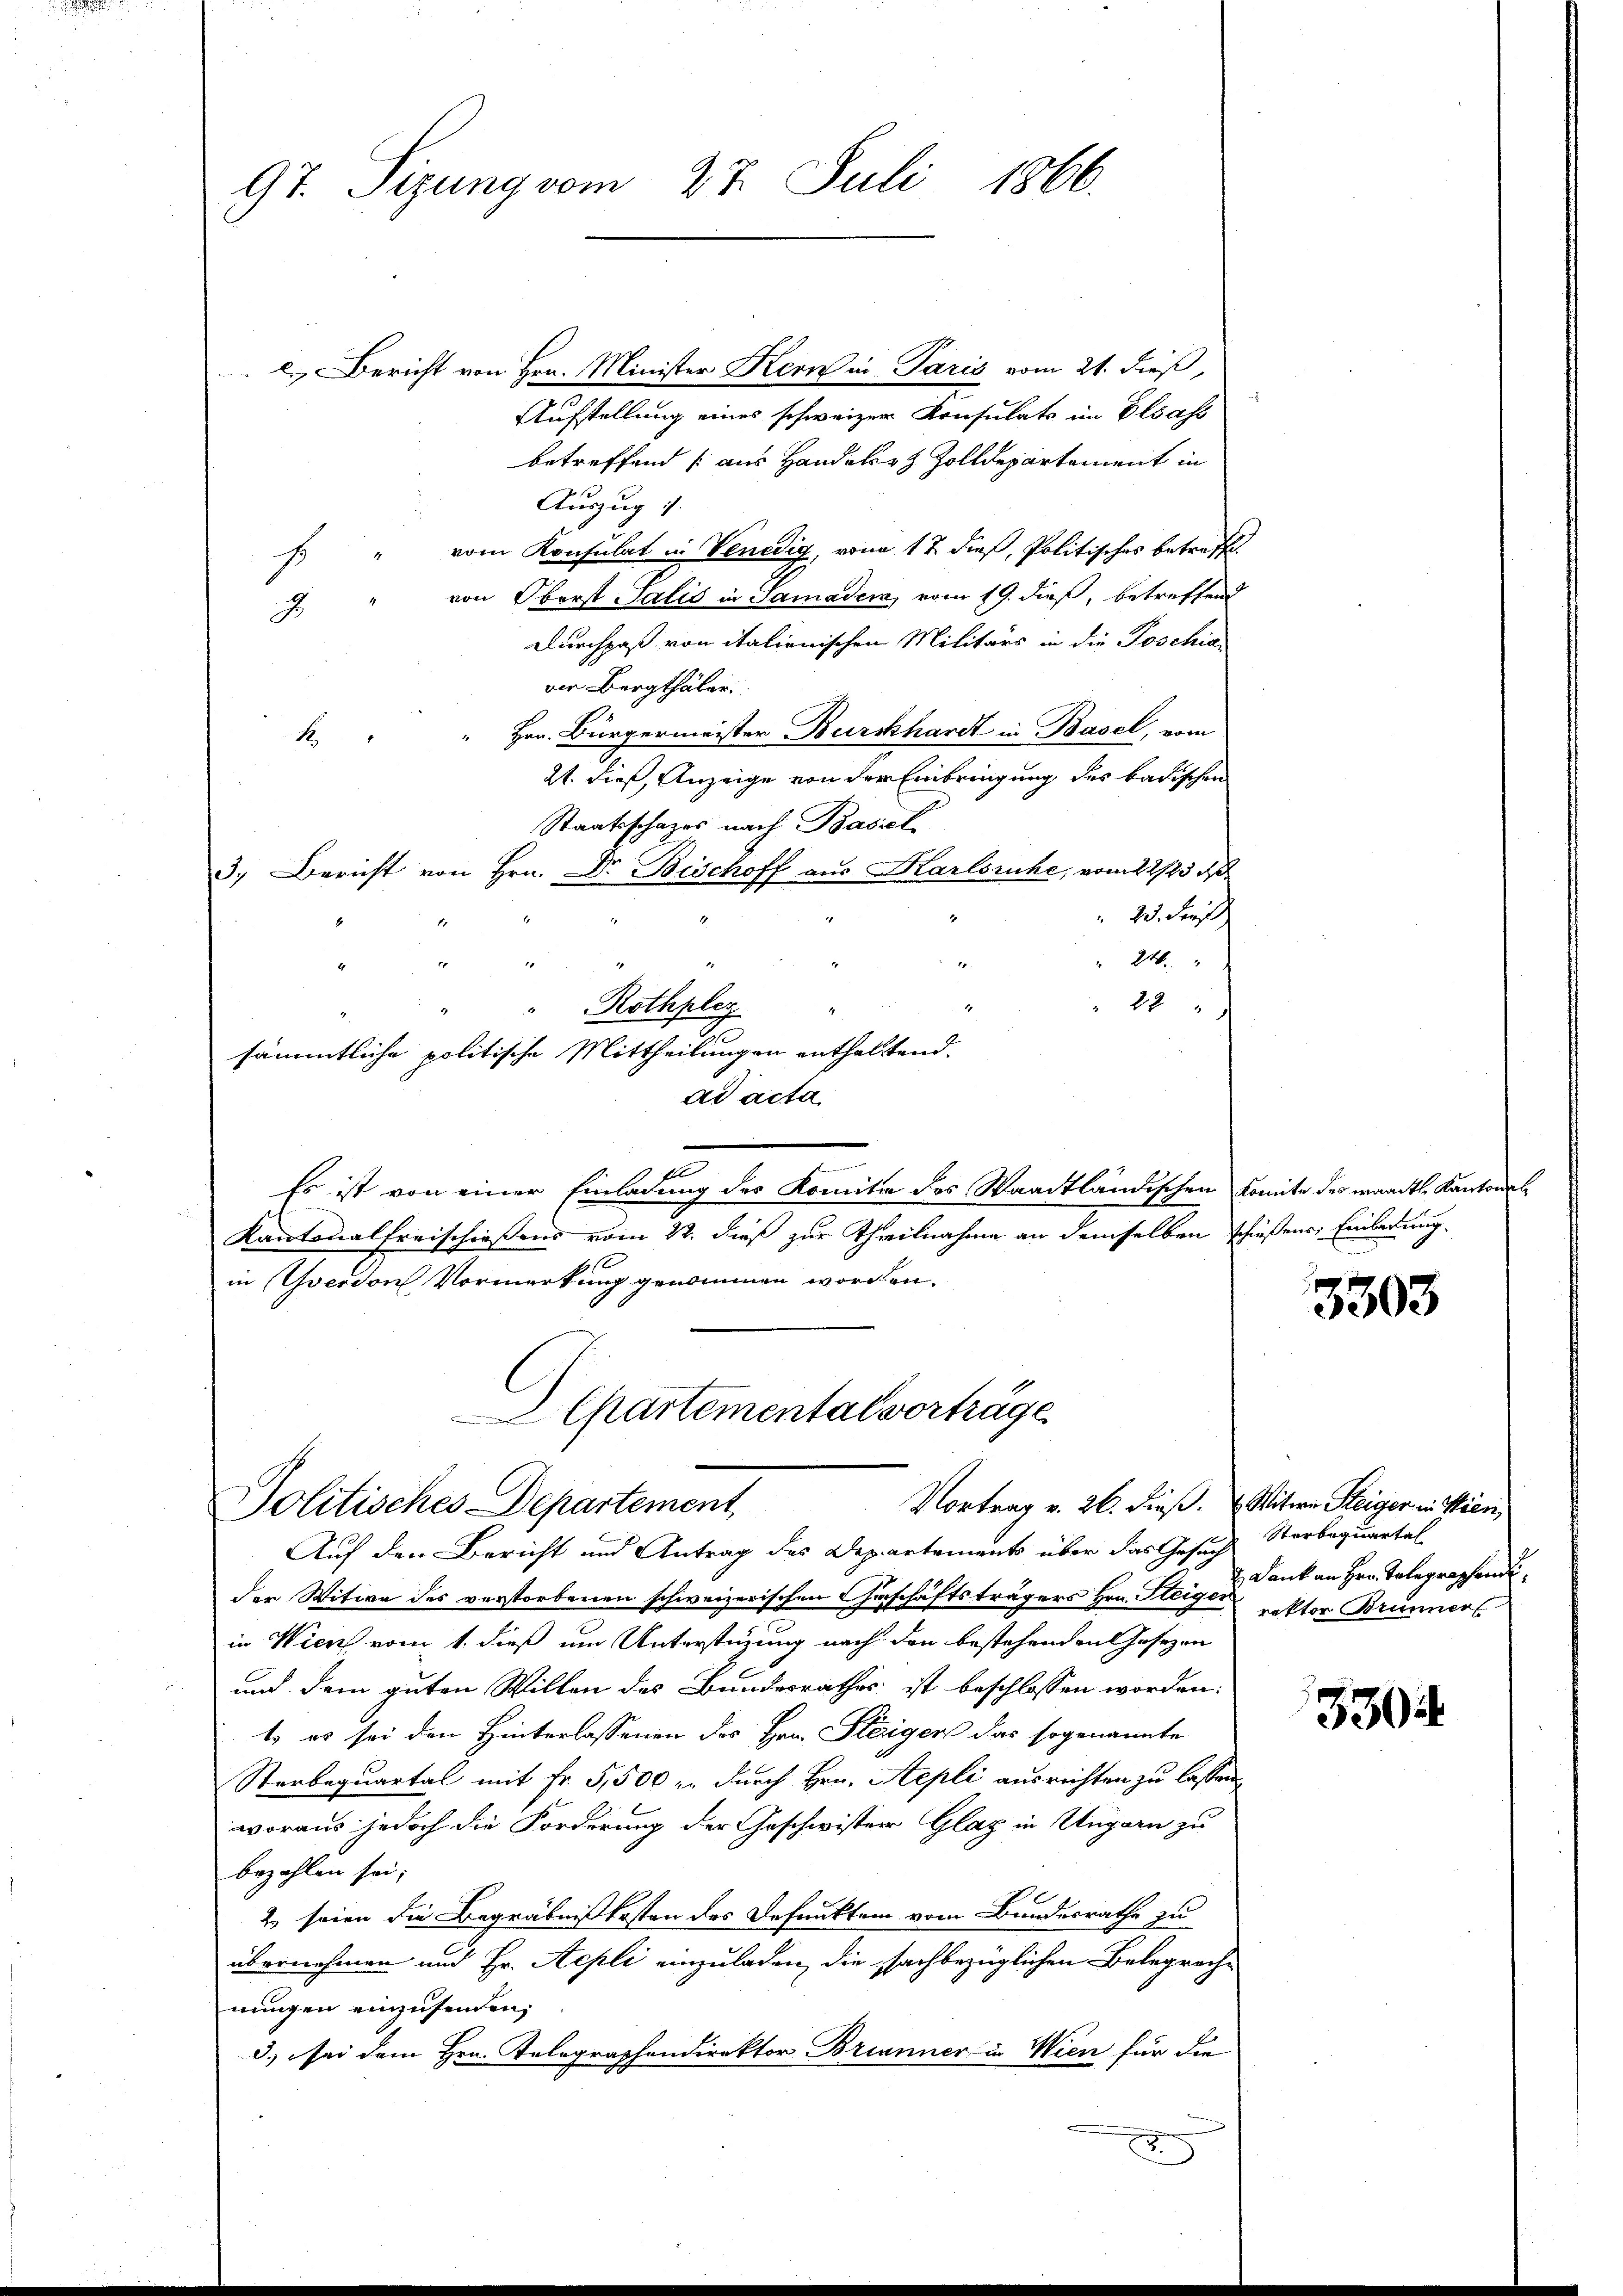
97. Sizung vom 27. Juli 1866.

c. Bericht von Hrn. Minister Kern in Paris vom 21. dieß,
Aufstellung eines schweizer Konsulats im Elsass
betreffend (aus Handeler Zolldepartement in
Auszug
vom Konsulat in Venedig, von 17 dieß, Politisches betreffe.
1
von Oberst Salis in Samaden, vom 19. dieß, betreffend
.
Durchpaß von italienischen Militärs in die Poschiadie Bergthäler
Hrn. Bürgermeister Burckhardt in Basel, vom
1
21. dieß, Anzeige von der Einbringung des badischen
Staatsschazes nach Basel
3.) Bericht von Hrn. Dr. Bischoff aus Karlsruhe, vom 22/23. d
" 23. Fe
246.
1
2
d
i
1
129
"Rothpley
sämmtliche politische Mittheilungen enthaltend.
ad acta
.
u
Es ist von einer Einladung des Komite des Waadtländischen Komite des waadtl. Kantona¬
Kantonalfreischießens vom 22. dieß zur Theilnahme an demselben schießens Einladung.
in Yverdon Vormerkung genommen worden.

Chartemental vorträge
Vortrag v. 26. dieß. Witwe Steiger in Wien,
Politisches Departement,

Auf den Bericht und Antrag des Departements über das Gesuch Sterbequartal
der Witwe des verstorbenen schweizerischen Geschäftsträgers Hrn. Pleiger rektor Brunner
in Wien vom 1. dieß um Unterstüzung nach den bestehenden Josezen
und dem guten Willen des Bundesrathes ist beschlossen worden:
t. es sei den Hinterlassenen des Hrn. Steiger das sogenannte
Sterbequartal mit Fr. 5,500 zu durch Hrn. Sepli ausrichten zu lassen
woraus jedoch die Forderung der Geschwister Glag in Ungarn zu
bezahlen sei;
2 seien die Begräbnißkosten des Defunktem vom Bundesrathe zu
übernehmen und Hr. Aepli einzuladen, die sachbezüglichen Belegreche
nungen einzusenden;
3.) sei dem Hrn. Telegraphendirektor Brianner in Wien für die

3303

Dank an Hrn. Telegraphende

3304